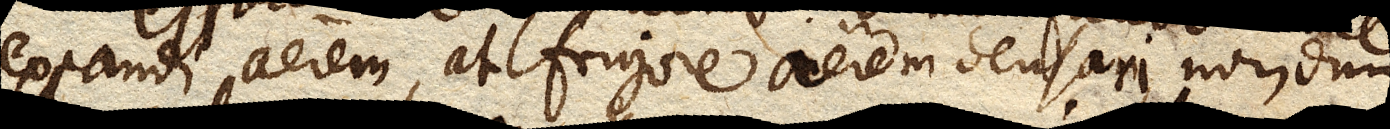
expandi aerem, at frigore aerem densari, nondum